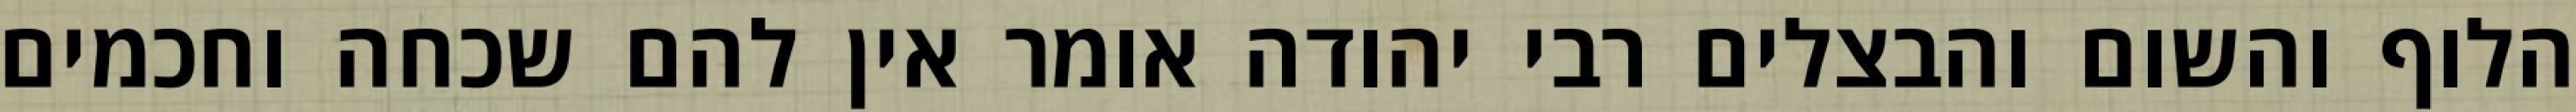
הלוף והשום והבצלים רבי יהודה אומר אין להם שכחה וחכמים